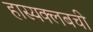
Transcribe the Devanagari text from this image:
हास्यक्लबची